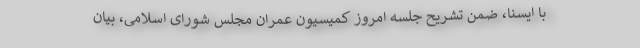
با ایسنا، ضمن تشریح جلسه امروز کمیسیون عمران مجلس شورای اسلامی، بیان